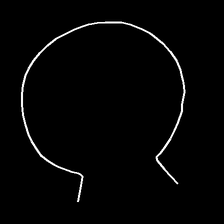
Glyph: weave